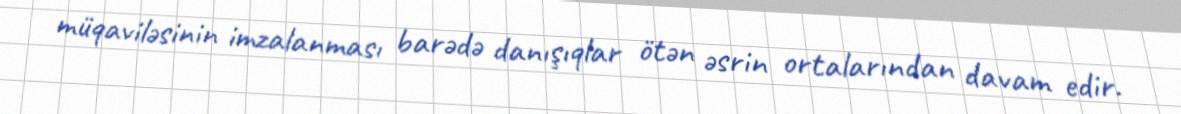
müqaviləsinin imzalanması barədə danışıqlar ötən əsrin ortalarından davam edir.